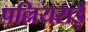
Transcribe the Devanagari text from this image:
पल्लियराई